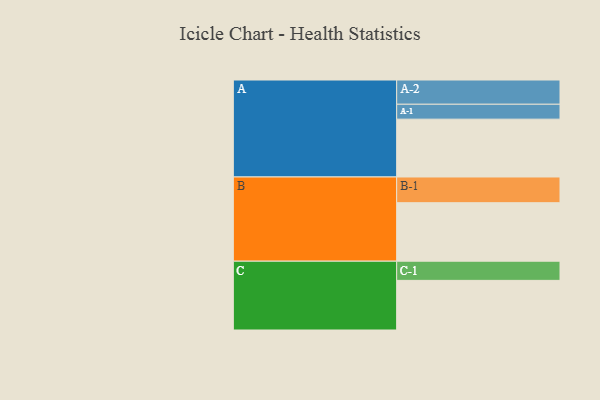
{"axis": {"x": "Segment", "y": "Value"}, "legend": ["", "A", "B", "C"], "data": [{"x": "A", "y": 353, "type": ""}, {"x": "B", "y": 357, "type": ""}, {"x": "C", "y": 303, "type": ""}, {"x": "A-1", "y": 91, "type": "A"}, {"x": "A-2", "y": 148, "type": "A"}, {"x": "B-1", "y": 157, "type": "B"}, {"x": "C-1", "y": 117, "type": "C"}]}